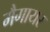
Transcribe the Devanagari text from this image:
मैगायर